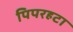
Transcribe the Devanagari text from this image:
पिपरहटा